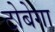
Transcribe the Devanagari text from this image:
टोबेगा